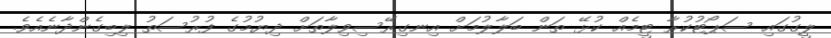
ލީގުގައި ސަޕޯޓުކުރާ ޓީމެއް ކުޅޭ ތަން ބަލާލުމަށް އިނގިރޭސިވިލާތަށް ދިޔުމުގެ ފުރުސަތު ލިބިގެންދާނެއެވެ.